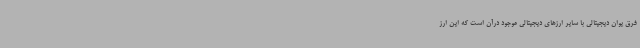
فرق یوان دیجیتالی با سایر ارزهای دیجیتالی موجود درآن است که این ارز